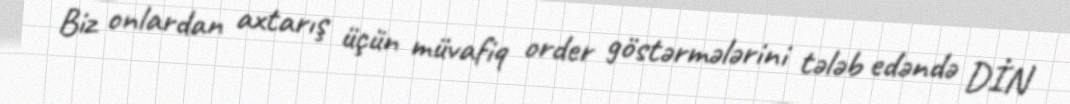
Biz onlardan axtarış üçün müvafiq order göstərmələrini tələb edəndə DİN